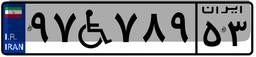
۹۷W۷۸۹۵۳